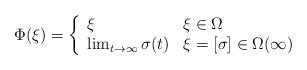
LaTeX: \begin{align*}\Phi(\xi) = \left\{ \begin{array}{ll}\xi & \xi \in \Omega \\ \lim_{t \rightarrow \infty} \sigma(t) & \xi=[\sigma] \in \Omega(\infty) \end{array}\right.\end{align*}